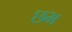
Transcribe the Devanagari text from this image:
छभ